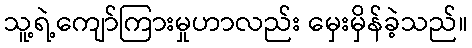
သူ့ရဲ့ကျော်ကြားမှုဟာလည်း မှေးမှိန်ခဲ့သည်။